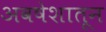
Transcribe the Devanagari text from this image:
अवषेशातून